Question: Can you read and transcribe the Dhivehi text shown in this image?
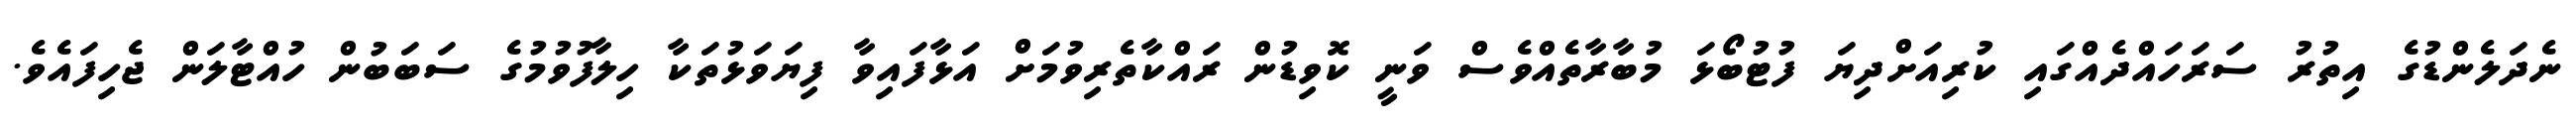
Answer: ނެދަލެންޑުގެ އިތުރު ސަރަހައްދެއްގައި ކުރިއަށްދިޔަ ފުޓުބޯޅަ މުބާރާތެއްވެސް ވަނީ ކޮވިޑުން ރައްކާތެރިވުމަށް އަޅާފައިވާ ފިޔަވަޅުތަކާ ހިލާފުވުމުގެ ސަބަބުން ހުއްޓާލަން ޖެހިފައެވެ.